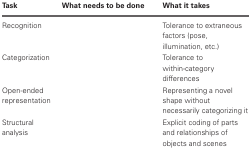
<table><thead><tr><td><b>Task</b></td><td><b>What needs to be done</b></td><td><b>What it takes</b></td></tr></thead><tbody><tr><td>Recognition</td><td>[EMPTY_CELL]</td><td>Tolerance to extraneous factors (pose, illumination, etc.)</td></tr><tr><td>Categorization</td><td>[EMPTY_CELL]</td><td>Tolerance to within-category differences</td></tr><tr><td>Open-ended representation</td><td>[EMPTY_CELL]</td><td>Representing a novel shape without necessarily categorizing it</td></tr><tr><td>Structural analysis</td><td>[EMPTY_CELL]</td><td>Explicit coding of parts and relationships of objects and scenes</td></tr></tbody></table>